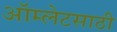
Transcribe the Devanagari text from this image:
ऑम्लेटसाठी